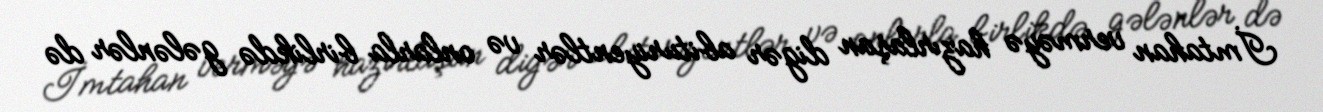
İmtahan verməyə hazırlaşan digər abituriyentlər və onlarla birlikdə gələnlər də